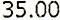
35.00